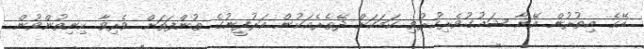
އޭގެ އިތުރުން އޭނާ ޝައުގުވެރިކުރުވި ކަމަކަށް ދޭތެރެއަކުން އަރުފީނުގެ ތުންފަތަށް ވެރިވާ ހިނިތުންވުން